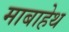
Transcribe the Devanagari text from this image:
माबाहेथ